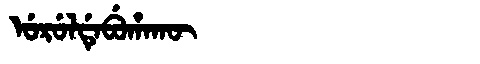
Manchu: ᡠᡵᡠᠯᡩᡝᠪᡠᡥᠠᡴᡡ
Romanization: URULDEBUHAKŪ